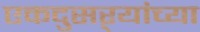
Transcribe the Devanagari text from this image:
एकदुसऱ्यांच्या